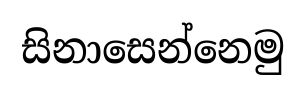
සිනාසෙන්නෙමු